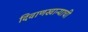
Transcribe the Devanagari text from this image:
दिवाणखान्याची